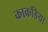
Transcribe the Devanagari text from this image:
काकडिया